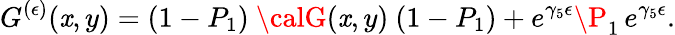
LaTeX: G^{(\epsilon)}(\mathit{x},y)=(1-P_{1})\ {\calG}(\mathit{x},y)\ (1-P_{1})+e^{\gamma_{5}\epsilon}\P_{1}\, e^{\gamma_{5}\epsilon}.